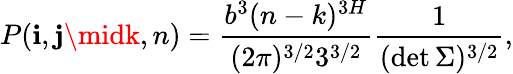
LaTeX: P(\mathbf{i},\mathbf{j}\midk,n)=\frac{{b^{3}(n-k)^{3H}}}{{(2\pi)^{3/2}3^{3/2}}}\frac{{1}}{{(\operatorname*{det}\Sigma)^{3/2}}},